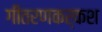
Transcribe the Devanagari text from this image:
गीतरणकर्कश